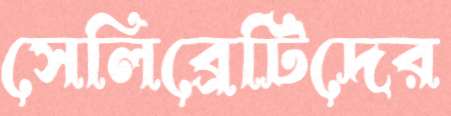
সেলিব্রেটিদের